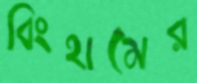
বিংহামের